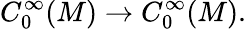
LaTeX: C_{0}^{\infty}(M)\to C_{0}^{\infty}(M).